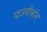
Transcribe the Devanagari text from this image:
पाउनोनॉन